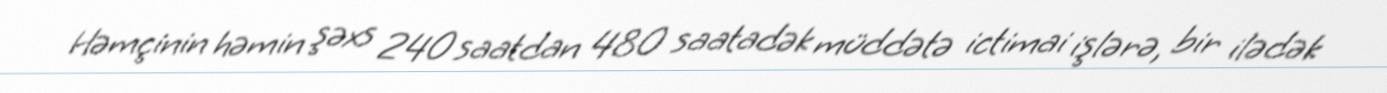
Həmçinin həmin şəxs 240 saatdan 480 saatadək müddətə ictimai işlərə, bir ilədək